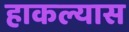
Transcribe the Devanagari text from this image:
हाकल्यास